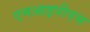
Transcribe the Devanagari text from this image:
एमआइपीएस